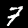
Label: 7